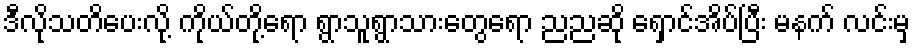
ဒီလိုသတိပေးလို့ ကိုယ်တို့ရော ရွာသူရွာသားတွေရော ညညဆို ရှောင်အိပ်ပြီး မနက် လင်းမှ